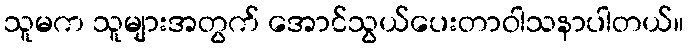
သူမက သူများအတွက် အောင်သွယ်ပေးတာဝါသနာပါတယ်။